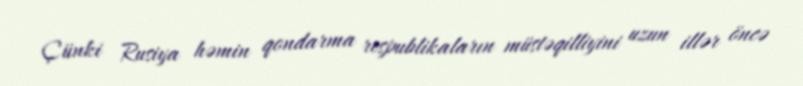
Çünki Rusiya həmin qondarma respublikaların müstəqilliyini uzun illər öncə